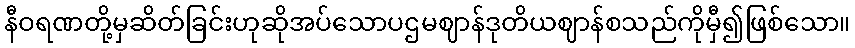
နီဝရဏတို့မှဆိတ်ခြင်းဟုဆိုအပ်သောပဌမဈာန်ဒုတိယဈာန်စသည်ကိုမှီ၍ဖြစ်သော။